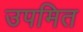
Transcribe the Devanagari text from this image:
उपमित